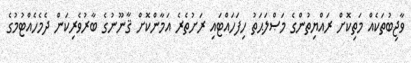
ވާޖިބުތަކެއް މަތިކޮށް ރައްޔިތުންގެ މަޞްލަޙަތު ހިފަހައްޓައި ރަށުތެރެ އަމާންކޮށް ޤާނޫނުގެ ބާރުވެރިކަން ދެމެހެއްޓުމުގެ